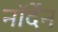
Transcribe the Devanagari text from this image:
नॉर्देन